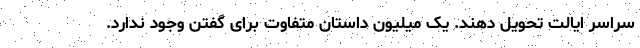
سراسر ایالت تحویل دهند. یک میلیون داستان متفاوت برای گفتن وجود ندارد.